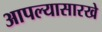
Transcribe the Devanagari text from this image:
आपल्यासारखे